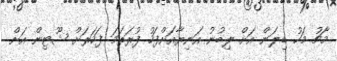
މާޗު މަހު ޑިލަން އަށް ލިބުނު އަނިޔާއަށްފަހު ފުރަތަމަ ފަހަރަށް ޝޫޓިން އަށް